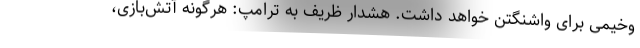
وخیمی برای واشنگتن خواهد داشت. هشدار ظریف به ترامپ: هرگونه آتش‌بازی،